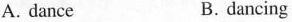
A. dance B.dancing